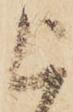
被